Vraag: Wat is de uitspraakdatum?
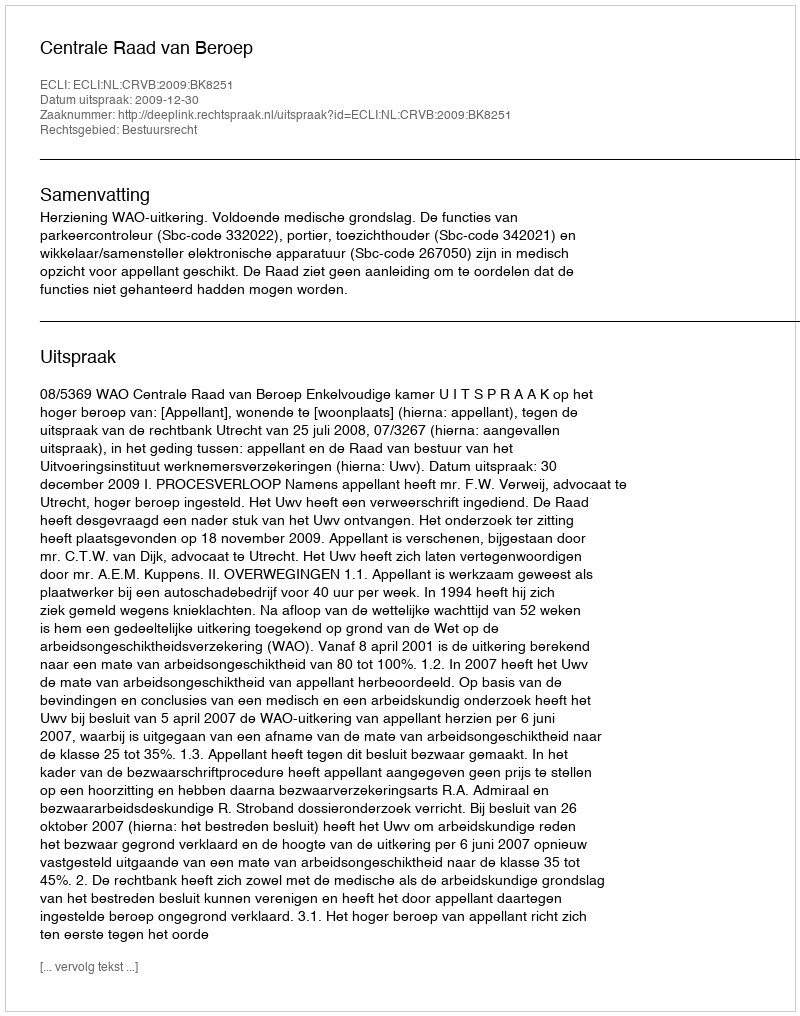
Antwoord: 2009-12-30